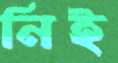
নিই